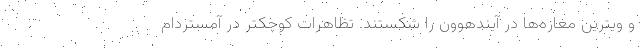
و ویترین مغازه‌ها در آیندهوون را شکستند. تظاهرات کوچکتر در آمستردام